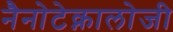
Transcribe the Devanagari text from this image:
नैनोटेक्नालोजी